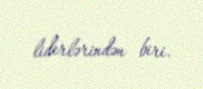
liderlərindən biri.